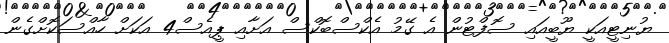
ޔުނިޓީއަކީ ޔޫބީއައި ސޮފްޓުން އެ ގޭމު އެކްސްބޮކްސް އަށާއި ޕީއެސް4 އަކަށް ހާއްސަކޮށްގެން